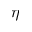
\eta